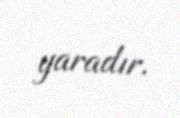
yaradır.